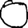
Digit: 0